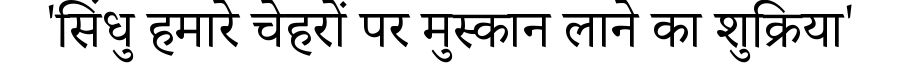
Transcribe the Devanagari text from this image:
'सिंधु हमारे चेहरों पर मुस्कान लाने का शुक्रिया'